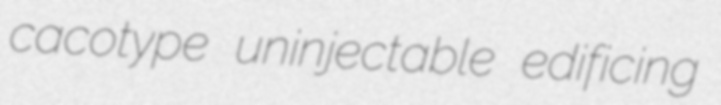
cacotype uninjectable edificing